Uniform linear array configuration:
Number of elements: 48
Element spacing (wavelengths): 1
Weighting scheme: blackman
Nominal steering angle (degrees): -60
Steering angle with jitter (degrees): -60.783
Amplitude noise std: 0.05
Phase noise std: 0.05

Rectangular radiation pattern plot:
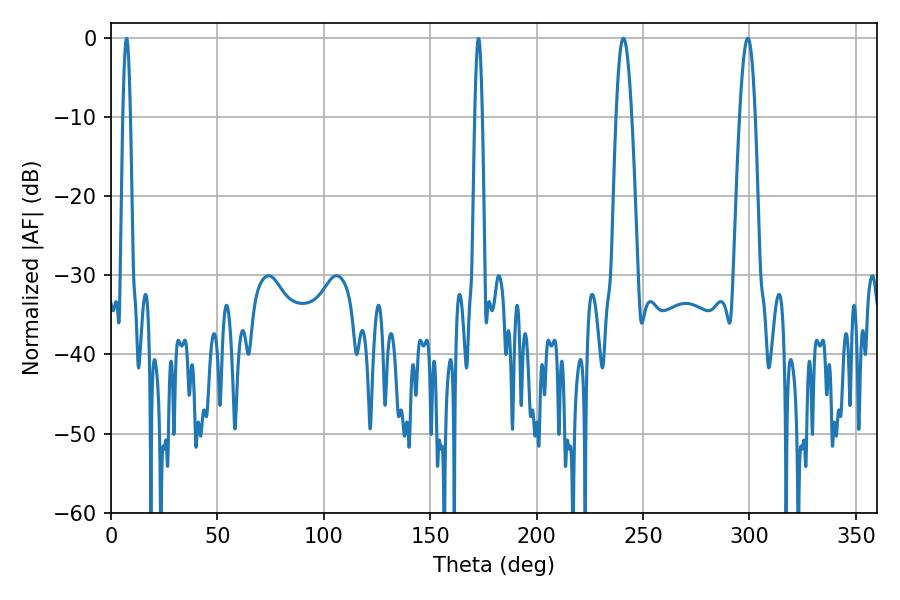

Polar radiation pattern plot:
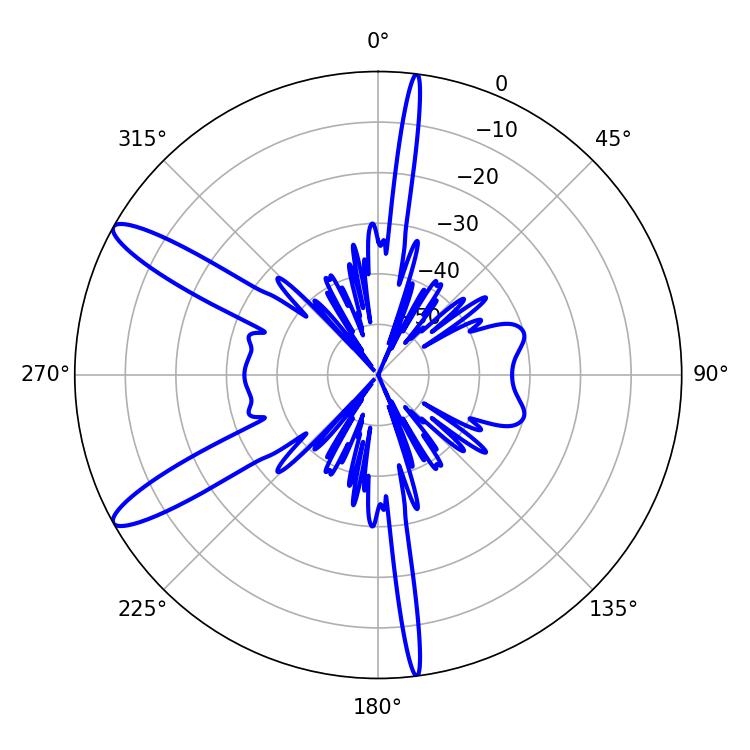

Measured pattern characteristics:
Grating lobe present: TRUE
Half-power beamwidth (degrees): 3.96
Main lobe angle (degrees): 299.16